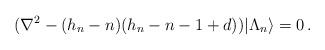
LaTeX: \begin{align*}(\nabla^2-(h_n-n)(h_n-n-1+d))|\Lambda_n\rangle=0\,.\end{align*}